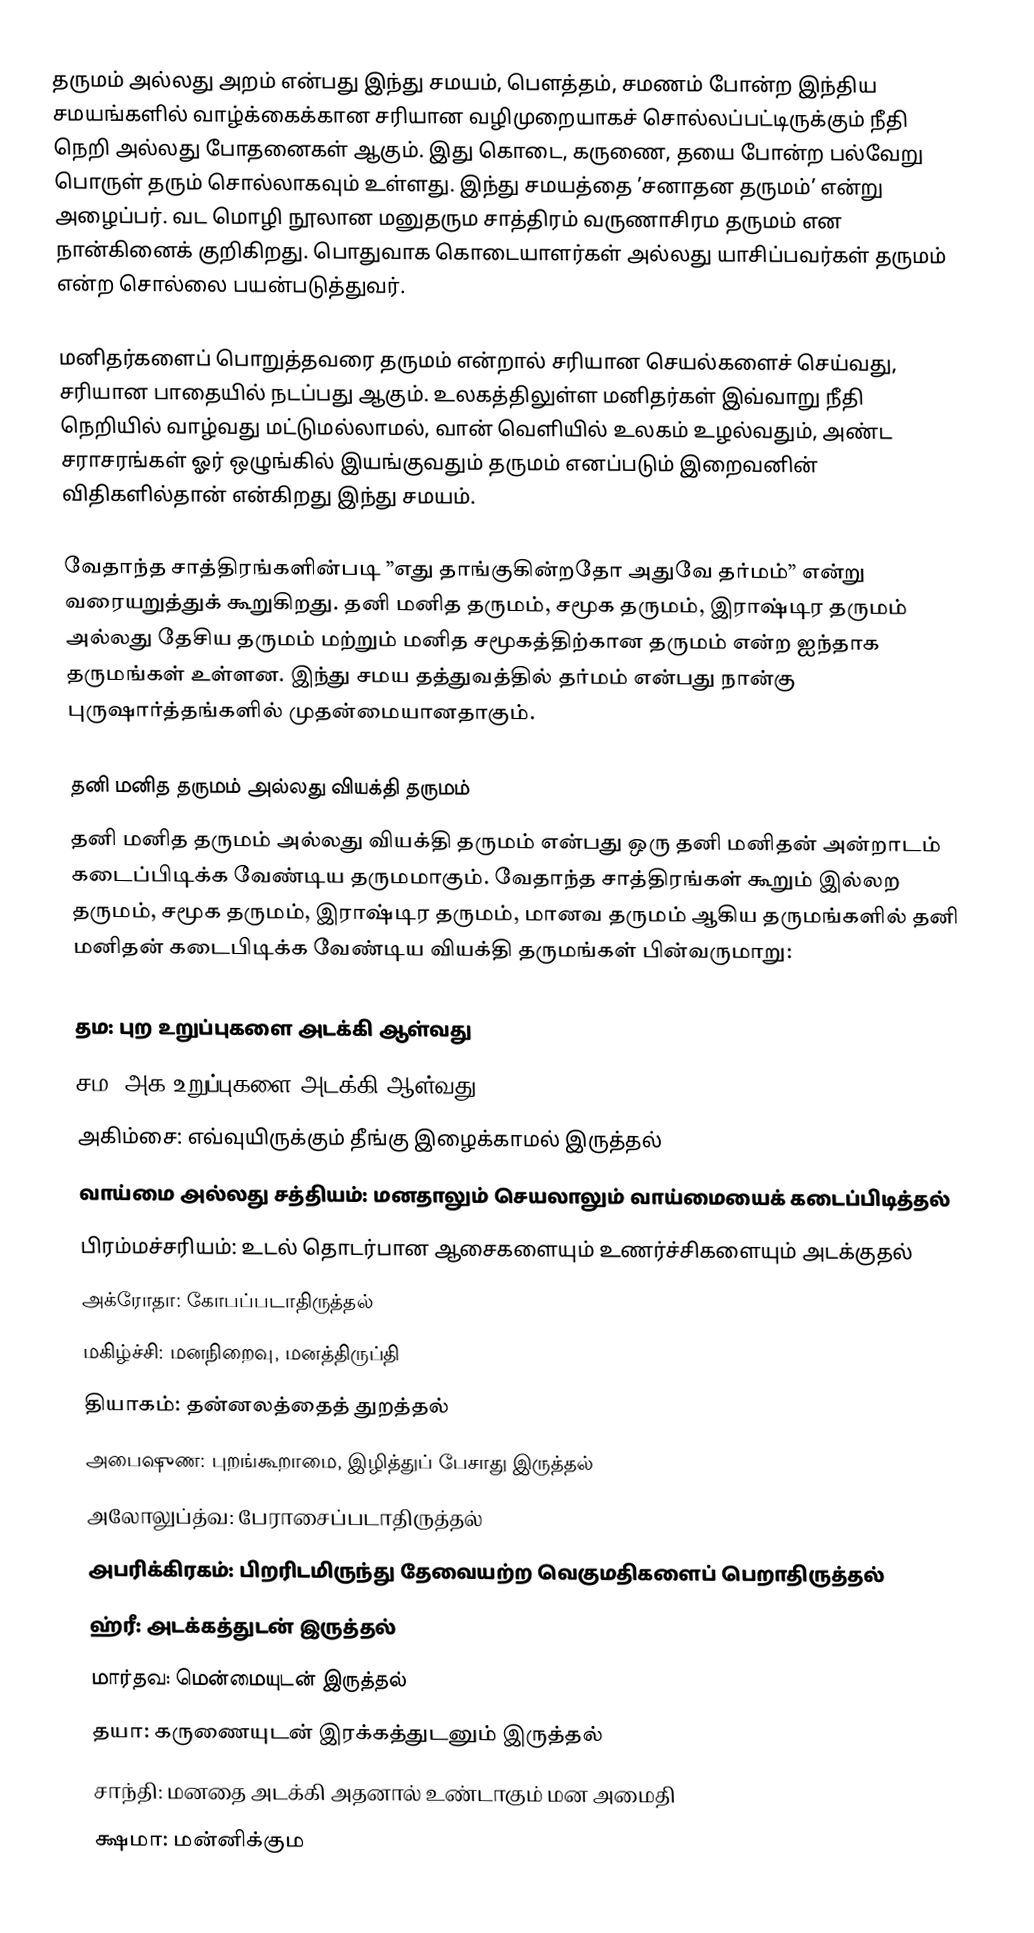
தருமம் அல்லது அறம் என்பது இந்து சமயம், பௌத்தம், சமணம் போன்ற இந்திய சமயங்களில் வாழ்க்கைக்கான சரியான வழிமுறையாகச் சொல்லப்பட்டிருக்கும் நீதி நெறி அல்லது போதனைகள் ஆகும். இது கொடை, கருணை, தயை போன்ற பல்வேறு பொருள் தரும் சொல்லாகவும் உள்ளது. இந்து சமயத்தை ’சனாதன தருமம்’ என்று அழைப்பர். வட மொழி நூலான மனுதரும சாத்திரம் வருணாசிரம தருமம் என நான்கினைக் குறிகிறது. பொதுவாக கொடையாளர்கள் அல்லது யாசிப்பவர்கள் தருமம் என்ற சொல்லை பயன்படுத்துவர்.

மனிதர்களைப் பொறுத்தவரை தருமம் என்றால் சரியான செயல்களைச் செய்வது, சரியான பாதையில் நடப்பது ஆகும். உலகத்திலுள்ள மனிதர்கள் இவ்வாறு நீதி நெறியில் வாழ்வது மட்டுமல்லாமல், வான் வெளியில் உலகம் உழல்வதும், அண்ட சராசரங்கள் ஓர் ஒழுங்கில் இயங்குவதும் தருமம் எனப்படும் இறைவனின் விதிகளில்தான் என்கிறது இந்து சமயம்.

வேதாந்த சாத்திரங்களின்படி ”எது தாங்குகின்றதோ அதுவே தர்மம்” என்று வரையறுத்துக் கூறுகிறது. தனி மனித தருமம், சமூக தருமம், இராஷ்டிர தருமம் அல்லது தேசிய தருமம் மற்றும் மனித சமூகத்திற்கான தருமம் என்ற ஐந்தாக தருமங்கள் உள்ளன. இந்து சமய தத்துவத்தில் தர்மம் என்பது நான்கு புருஷார்த்தங்களில் முதன்மையானதாகும்.

தனி மனித தருமம் அல்லது வியக்தி தருமம்
தனி மனித தருமம் அல்லது வியக்தி தருமம் என்பது ஒரு தனி மனிதன் அன்றாடம் கடைப்பிடிக்க வேண்டிய தருமமாகும். வேதாந்த சாத்திரங்கள் கூறும் இல்லற தருமம், சமூக தருமம், இராஷ்டிர தருமம், மானவ தருமம் ஆகிய தருமங்களில் தனி மனிதன் கடைபிடிக்க வேண்டிய வியக்தி தருமங்கள் பின்வருமாறு:

 தம: புற உறுப்புகளை அடக்கி ஆள்வது
 சம: அக உறுப்புகளை அடக்கி ஆள்வது
 அகிம்சை: எவ்வுயிருக்கும் தீங்கு இழைக்காமல் இருத்தல்
 வாய்மை அல்லது சத்தியம்: மனதாலும் செயலாலும் வாய்மையைக் கடைப்பிடித்தல்
 பிரம்மச்சரியம்: உடல் தொடர்பான ஆசைகளையும் உணர்ச்சிகளையும் அடக்குதல்
 அக்ரோதா: கோபப்படாதிருத்தல்
 மகிழ்ச்சி: மனநிறைவு, மனத்திருப்தி
 தியாகம்: தன்னலத்தைத் துறத்தல்
 அபைஷுண: புறங்கூறாமை, இழித்துப் பேசாது இருத்தல்
 அலோலுப்த்வ: பேராசைப்படாதிருத்தல்
 அபரிக்கிரகம்: பிறரிடமிருந்து தேவையற்ற வெகுமதிகளைப் பெறாதிருத்தல்
 ஹ்ரீ: அடக்கத்துடன் இருத்தல்
 மார்தவ: மென்மையுடன் இருத்தல்
 தயா: கருணையுடன் இரக்கத்துடனும் இருத்தல்
 சாந்தி: மனதை அடக்கி அதனால் உண்டாகும் மன அமைதி
 க்ஷமா: மன்னிக்கும